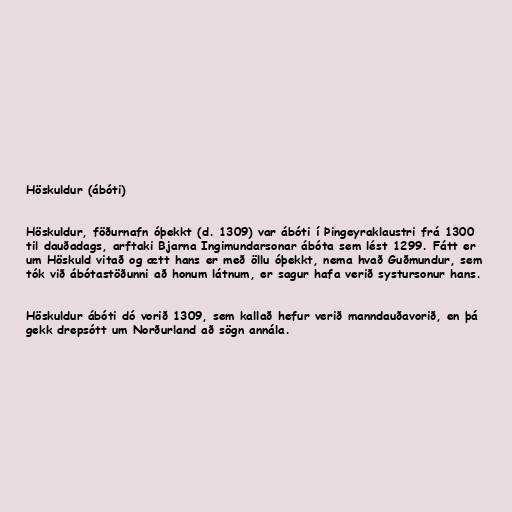
Höskuldur (ábóti)

Höskuldur, föðurnafn óþekkt (d. 1309) var ábóti í Þingeyraklaustri frá 1300
til dauðadags, arftaki Bjarna Ingimundarsonar ábóta sem lést 1299. Fátt er
um Höskuld vitað og ætt hans er með öllu óþekkt, nema hvað Guðmundur, sem
tók við ábótastöðunni að honum látnum, er sagur hafa verið systursonur hans.

Höskuldur ábóti dó vorið 1309, sem kallað hefur verið manndauðavorið, en þá
gekk drepsótt um Norðurland að sögn annála.